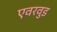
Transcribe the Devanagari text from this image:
एवरवुड